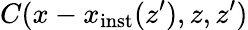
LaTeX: C(x-x_{\mathrm{inst}}(z^{\prime}),z,z^{\prime})